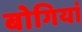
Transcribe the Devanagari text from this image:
बोगियां